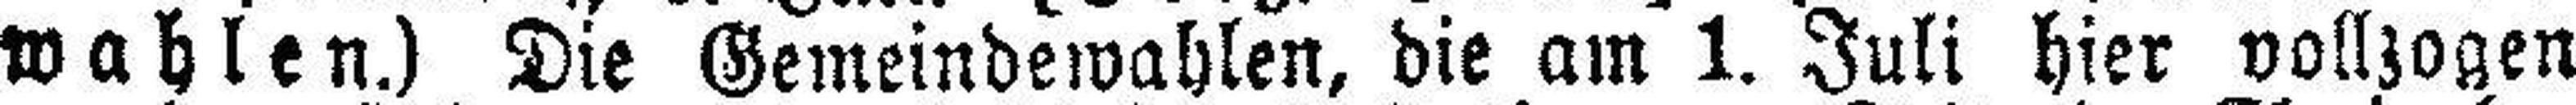
wahlen.) Die Gemeindewahlen, die am 1. Juli hier vollzogen